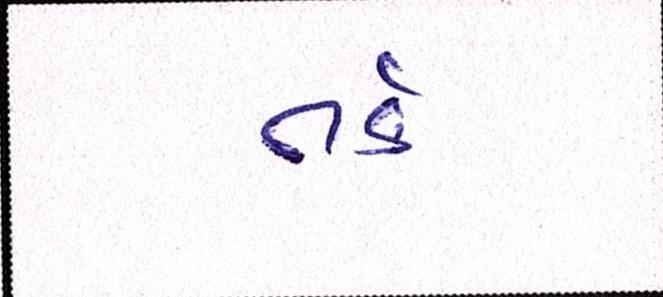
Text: તર્ક